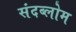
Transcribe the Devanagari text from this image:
संदब्लोम